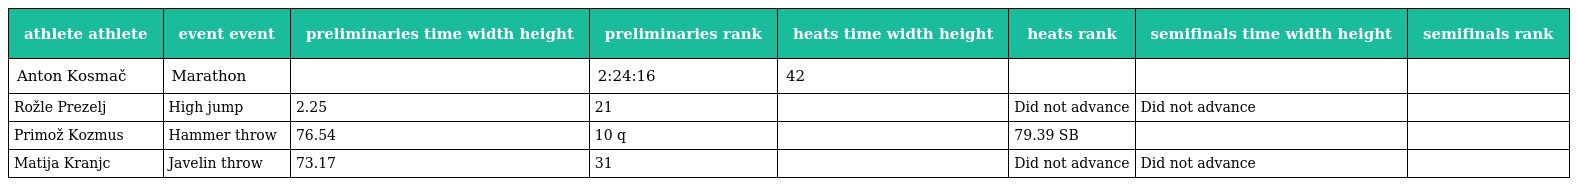
| athlete athlete | event event | preliminaries time width height | preliminaries rank | heats time width height | heats rank | semifinals time width height | semifinals rank |
 | --- | --- | --- | --- | --- | --- | --- | --- |
 | Anton Kosmač | Marathon |  | 2:24:16 | 42 |  |  |  |
 | Rožle Prezelj | High jump | 2.25 | 21 |  | Did not advance | Did not advance |  |
 | Primož Kozmus | Hammer throw | 76.54 | 10 q |  | 79.39 SB |  |  |
 | Matija Kranjc | Javelin throw | 73.17 | 31 |  | Did not advance | Did not advance |  |